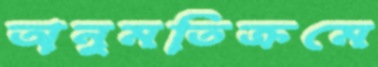
অনুমতিক্রমে